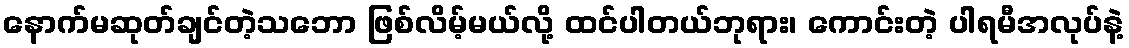
နောက်မဆုတ်ချင်တဲ့သဘော ဖြစ်လိမ့်မယ်လို့ ထင်ပါတယ်ဘုရား၊ ကောင်းတဲ့ ပါရမီအလုပ်နဲ့